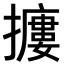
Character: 𢷱